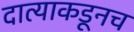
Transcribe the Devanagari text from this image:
दात्याकडूनच